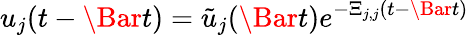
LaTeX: u_{j}(t-\Bar{t})=\tilde{u}_{j}(\Bar{t})e^{-\Xi_{j,j}(t-\Bar{t})}